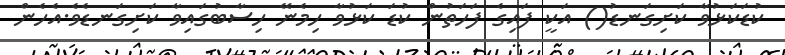
ކުޑަކަޅުވާ ކަށިގަނޑު() އަކީ ފައިގެ ފަހަތުން ކުޑަ ކަޅުވާ ހިމެނޭ ހިސާބުގައިވާ ކަށިގަނޑެވެ.އެހެން